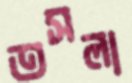
তসলা